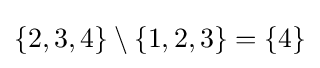
\{2,3,4\}\setminus \{1,2,3\}=\{4\}